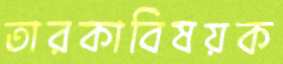
তারকাবিষয়ক